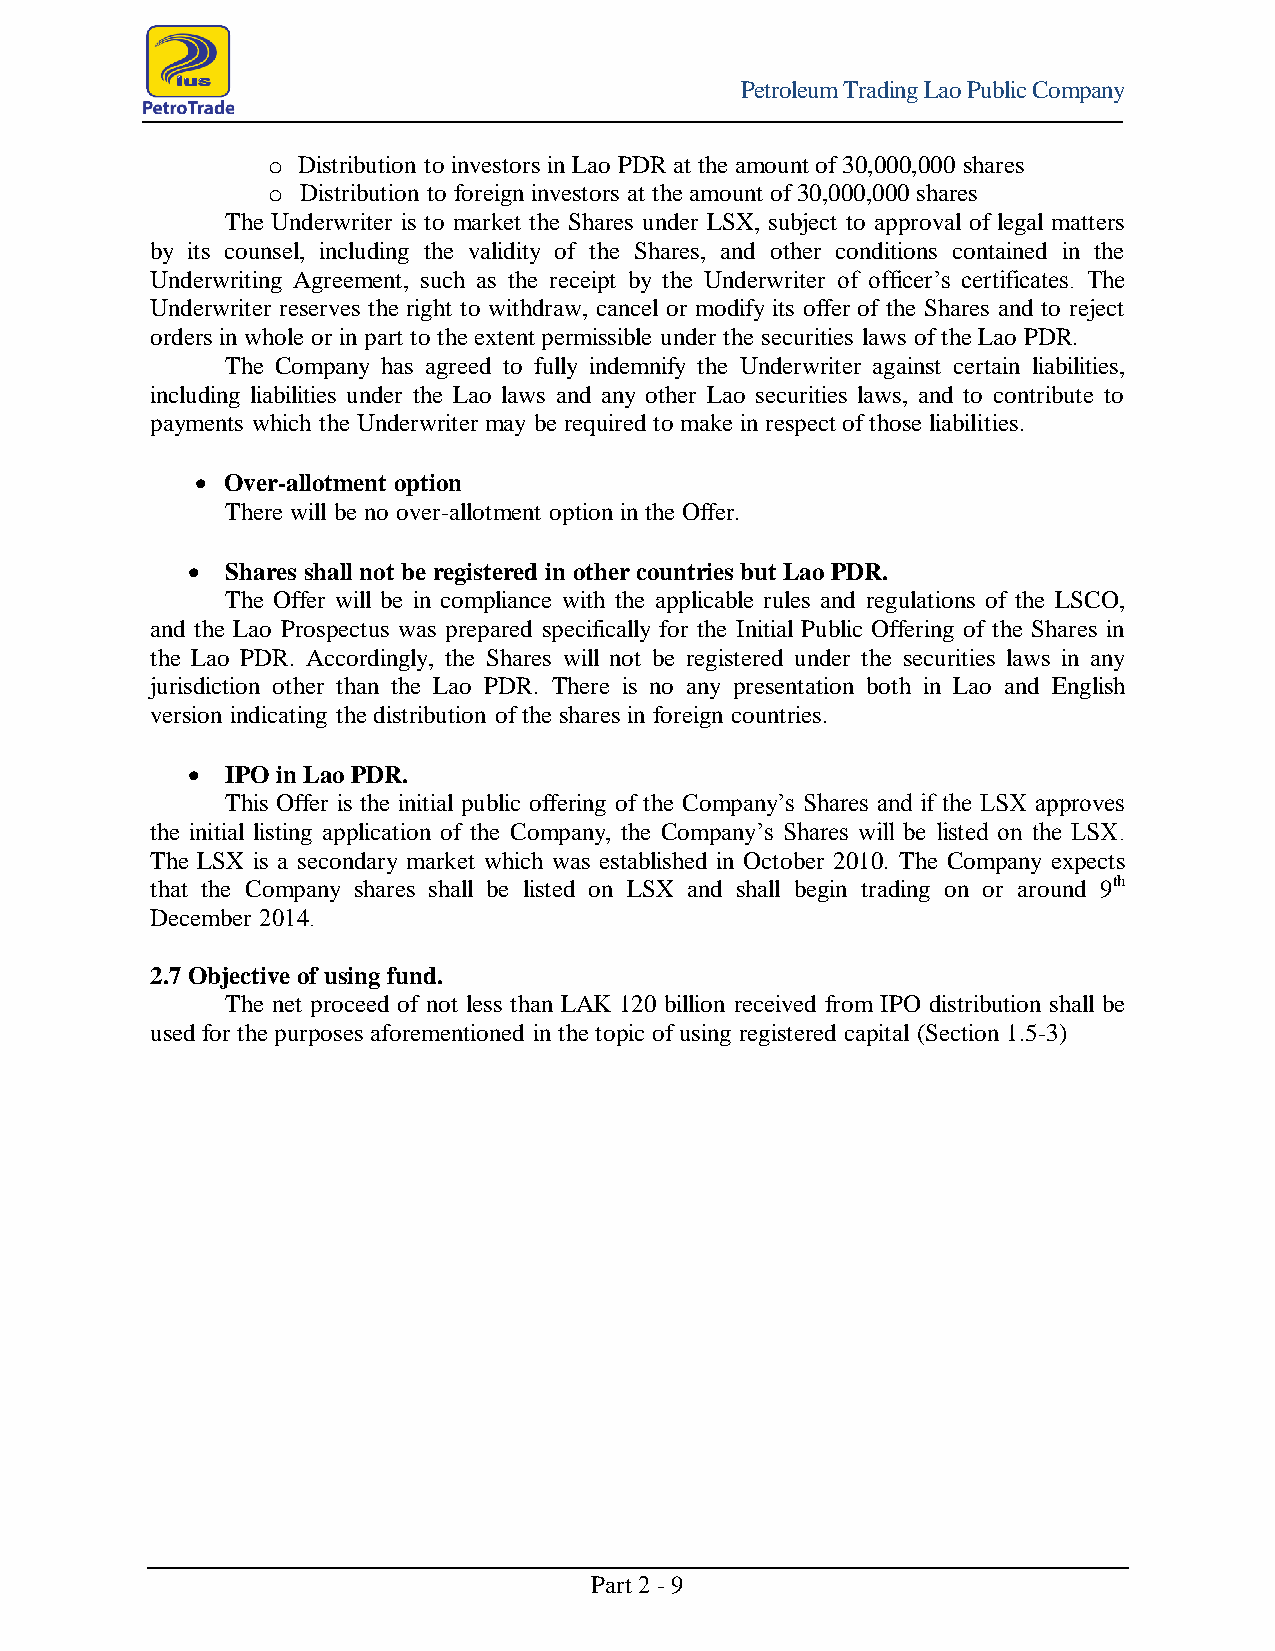
Petroleum Trading Lao Public Company
 o Distribution to investors in Lao PDR at the amount of 30,000,000 shares
 o Distribution to foreign investors at the amount of 30,000,000 shares
 The Underwriter is to market the Shares under LSX, subject to approval of legal matters
 by its counsel, including the validity of the Shares, and other conditions contained in the
 Underwriting Agreement, such as the receipt by the Underwriter of officer’s certificates. The
 Underwriter reserves the right to withdraw, cancel or modify its offer of the Shares and to reject
 orders in whole or in part to the extent permissible under the securities laws of the Lao PDR.
 The Company has agreed to fully indemnify the Underwriter against certain liabilities,
 including liabilities under the Lao laws and any other Lao securities laws, and to contribute to
 payments which the Underwriter may be required to make in respect of those liabilities.
  Over-allotment option
 There will be no over-allotment option in the Offer.
   Shares shall not be registered in other countries but Lao PDR.
 The Offer will be in compliance with the applicable rules and regulations of the LSCO,
 and the Lao Prospectus was prepared specifically for the Initial Public Offering of the Shares in
 the Lao PDR. Accordingly, the Shares will not be registered under the securities laws in any
 jurisdiction other than the Lao PDR. There is no any presentation both in Lao and English
 version indicating the distribution of the shares in foreign countries.
   IPO in Lao PDR.
 This Offer is the initial public offering of the Company’s Shares and if the LSX approves
 the initial listing application of the Company, the Company’s Shares will be listed on the LSX.
 The LSX is a secondary market which was established in October 2010. The Company expects
 that the Company shares shall be listed on LSX and shall begin trading on or around 9th
 December 2014.
 2.7 Objective of using fund.
 The net proceed of not less than LAK 120 billion received from IPO distribution shall be
 used for the purposes aforementioned in the topic of using registered capital (Section 1.5-3)
 Part 2 - 9